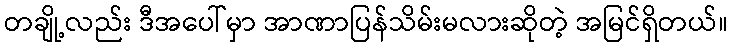
တချို့လည်း ဒီအပေါ်မှာ အာဏာပြန်သိမ်းမလားဆိုတဲ့ အမြင်ရှိတယ်။